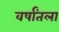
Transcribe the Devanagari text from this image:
वर्षांतला